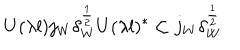
U ( \lambda l ) j _ { W } \delta _ { W } ^ { \frac { 1 } { 2 } } U ( \lambda l ) ^ { * } \subset j _ { W } \delta _ { W } ^ { \frac { 1 } { 2 } }